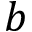
b